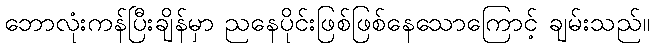
ဘောလုံးကန်ပြီးချိန်မှာ ညနေပိုင်းဖြစ်ဖြစ်နေသောကြောင့် ချမ်းသည်။